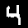
Digit: 4